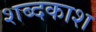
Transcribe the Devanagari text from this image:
शब्दकाश